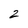
Character: 2